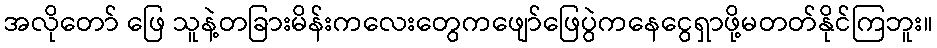
အလိုတော် ဖြေ သူနဲ့တခြားမိန်းကလေးတွေကဖျော်ဖြေပွဲကနေငွေရှာဖို့မတတ်နိုင်ကြဘူး။